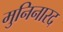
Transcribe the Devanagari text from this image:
मुनिनारद